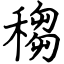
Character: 䅳